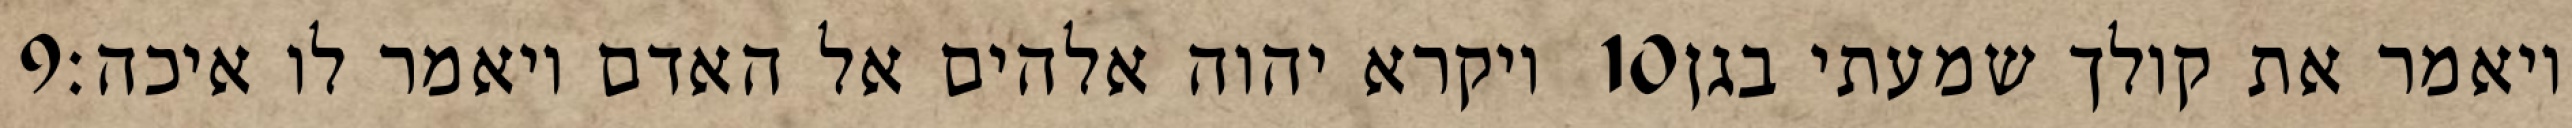
‎9‏ ויקרא יהוה אלהים אל האדם ויאמר לו איכה׃ ‎10‏ ויאמר את קולך שמעתי בגן